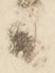
候